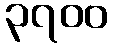
၃၇၀၀